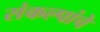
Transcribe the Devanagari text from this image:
संकल्पांचे